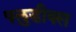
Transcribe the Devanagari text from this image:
फ्लुडीक्स